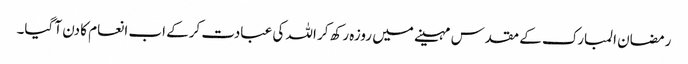
رمضان المبارک کے مقدس مہینے میں روزہ رکھ کر اللہ کی عبادت کرکے اب انعام کا دن آ گیا۔